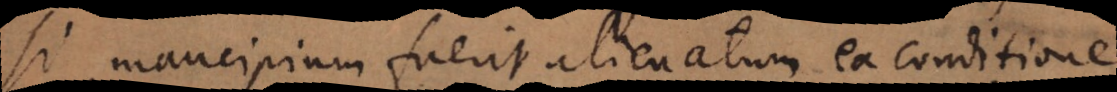
Si mancipium fuerit alienatum ex conditione